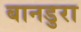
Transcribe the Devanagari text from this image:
बानडुरा